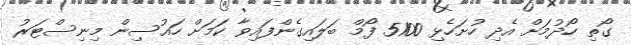
ގޯތި ހޯދުމަށް އެދި ހުށަހެޅި 5100 ފޯމް ބަލައިގެންފައިވާ ކަމަށް ހައުސިން މިނިސްޓަރު